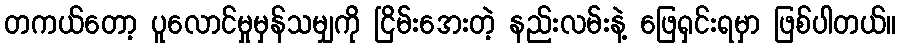
တကယ်တော့ ပူလောင်မှုမှန်သမျှကို ငြိမ်းအေးတဲ့ နည်းလမ်းနဲ့ ဖြေရှင်းရမှာ ဖြစ်ပါတယ်။